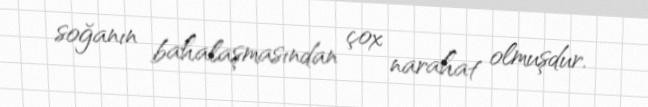
soğanın bahalaşmasından çox narahat olmuşdur.